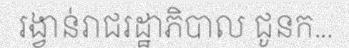
រង្វាន់រាជរដ្ឋាភិបាល ជូនក...